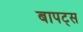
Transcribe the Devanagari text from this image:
बापट्स